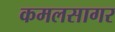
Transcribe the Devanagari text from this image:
कमलसागर